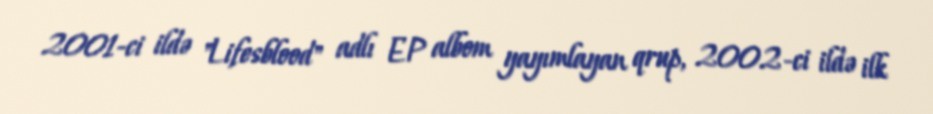
2001-ci ildə "Lifesblood" adlı EP albom yayımlayan qrup, 2002-ci ildə ilk